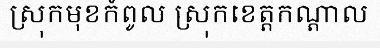
ស្រុកមុខកំពូល ស្រុកខេត្តកណ្តាល